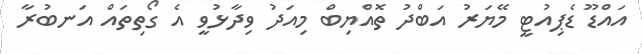
އައްޑޫ ޑެޕިއުޓީ މޭޔަރު އަބްދު ތޮއްޔިބް މިއަދު ވިދާޅުވީ އެ ގޯތިތައް އަނބުރާ